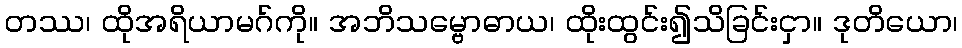
တဿ၊ ထိုအရိယာမဂ်ကို။ အဘိသမ္ဗောဓာယ၊ ထိုးထွင်း၍သိခြင်းငှာ။ ဒုတိယော၊